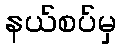
နယ်စပ်မှ